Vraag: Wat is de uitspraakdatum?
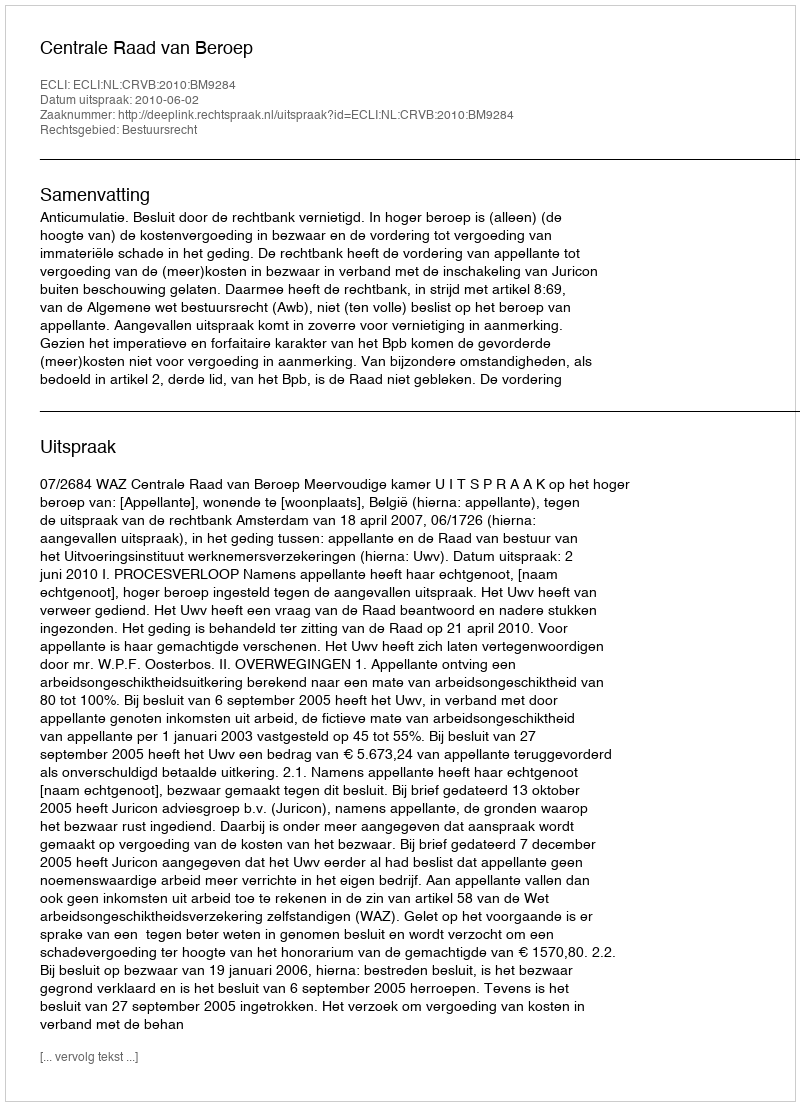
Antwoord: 2010-06-02